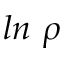
l n ~ \rho